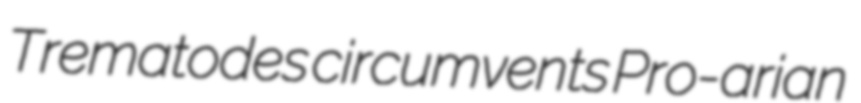
Trematodes circumvents Pro-arian